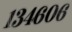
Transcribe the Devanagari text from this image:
१३४६०६